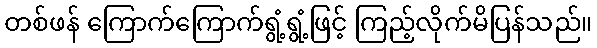
တစ်ဖန် ကြောက်ကြောက်ရွံ့ရွံ့ဖြင့် ကြည့်လိုက်မိပြန်သည်။